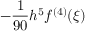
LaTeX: - { \frac { 1 } { 9 0 } } h ^ { 5 } f ^ { ( 4 ) } ( \xi )